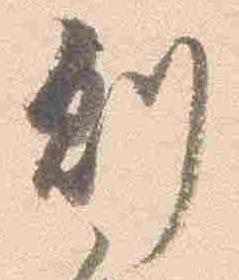
則